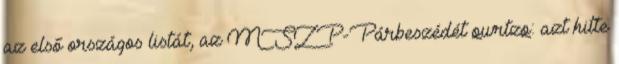
az első országos listát, az MSZP-Párbeszédét qwrtzq: azt hitte